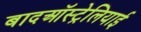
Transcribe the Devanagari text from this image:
बादऑस्ट्रेलियाई